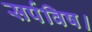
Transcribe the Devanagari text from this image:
सर्पविष।